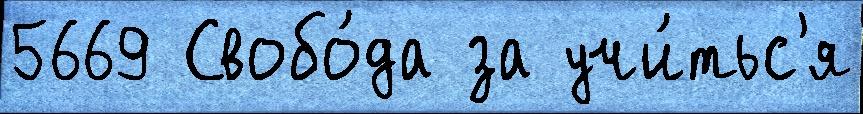
5669 Свобо́да за учи́тьс'я